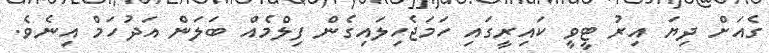
ގެއަށް ދިޔަ އިރު ޓީވީ ކައިރީގައި ހަމަޖެހިލައިގެން ފިލްމެއް ބަލަން އަދުހަމް އިނެވެ.